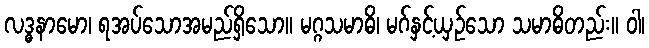
လဒ္ဓနာမော၊ ရအပ်သောအမည်ရှိသော။ မဂ္ဂသမာဓိ၊ မဂ်နှင့်ယှဉ်သော သမာဓိတည်း။ ဝါ၊